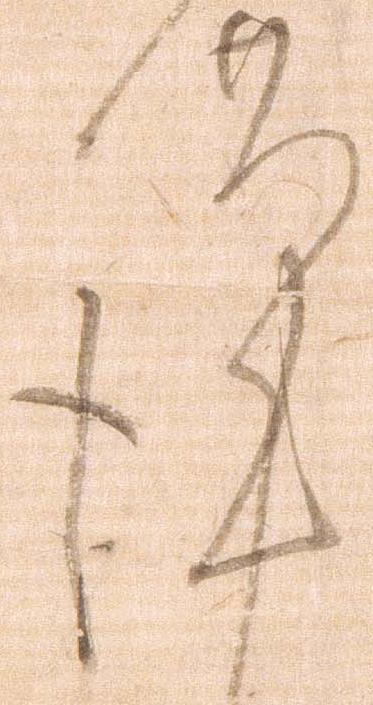
謹